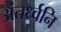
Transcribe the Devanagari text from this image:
अंतर्ध्वनि